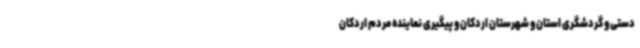
دستی و گردشگری استان و شهرستان اردکان و پیگیری نماینده مردم اردکان